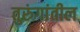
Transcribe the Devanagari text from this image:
तुरुंगांतील